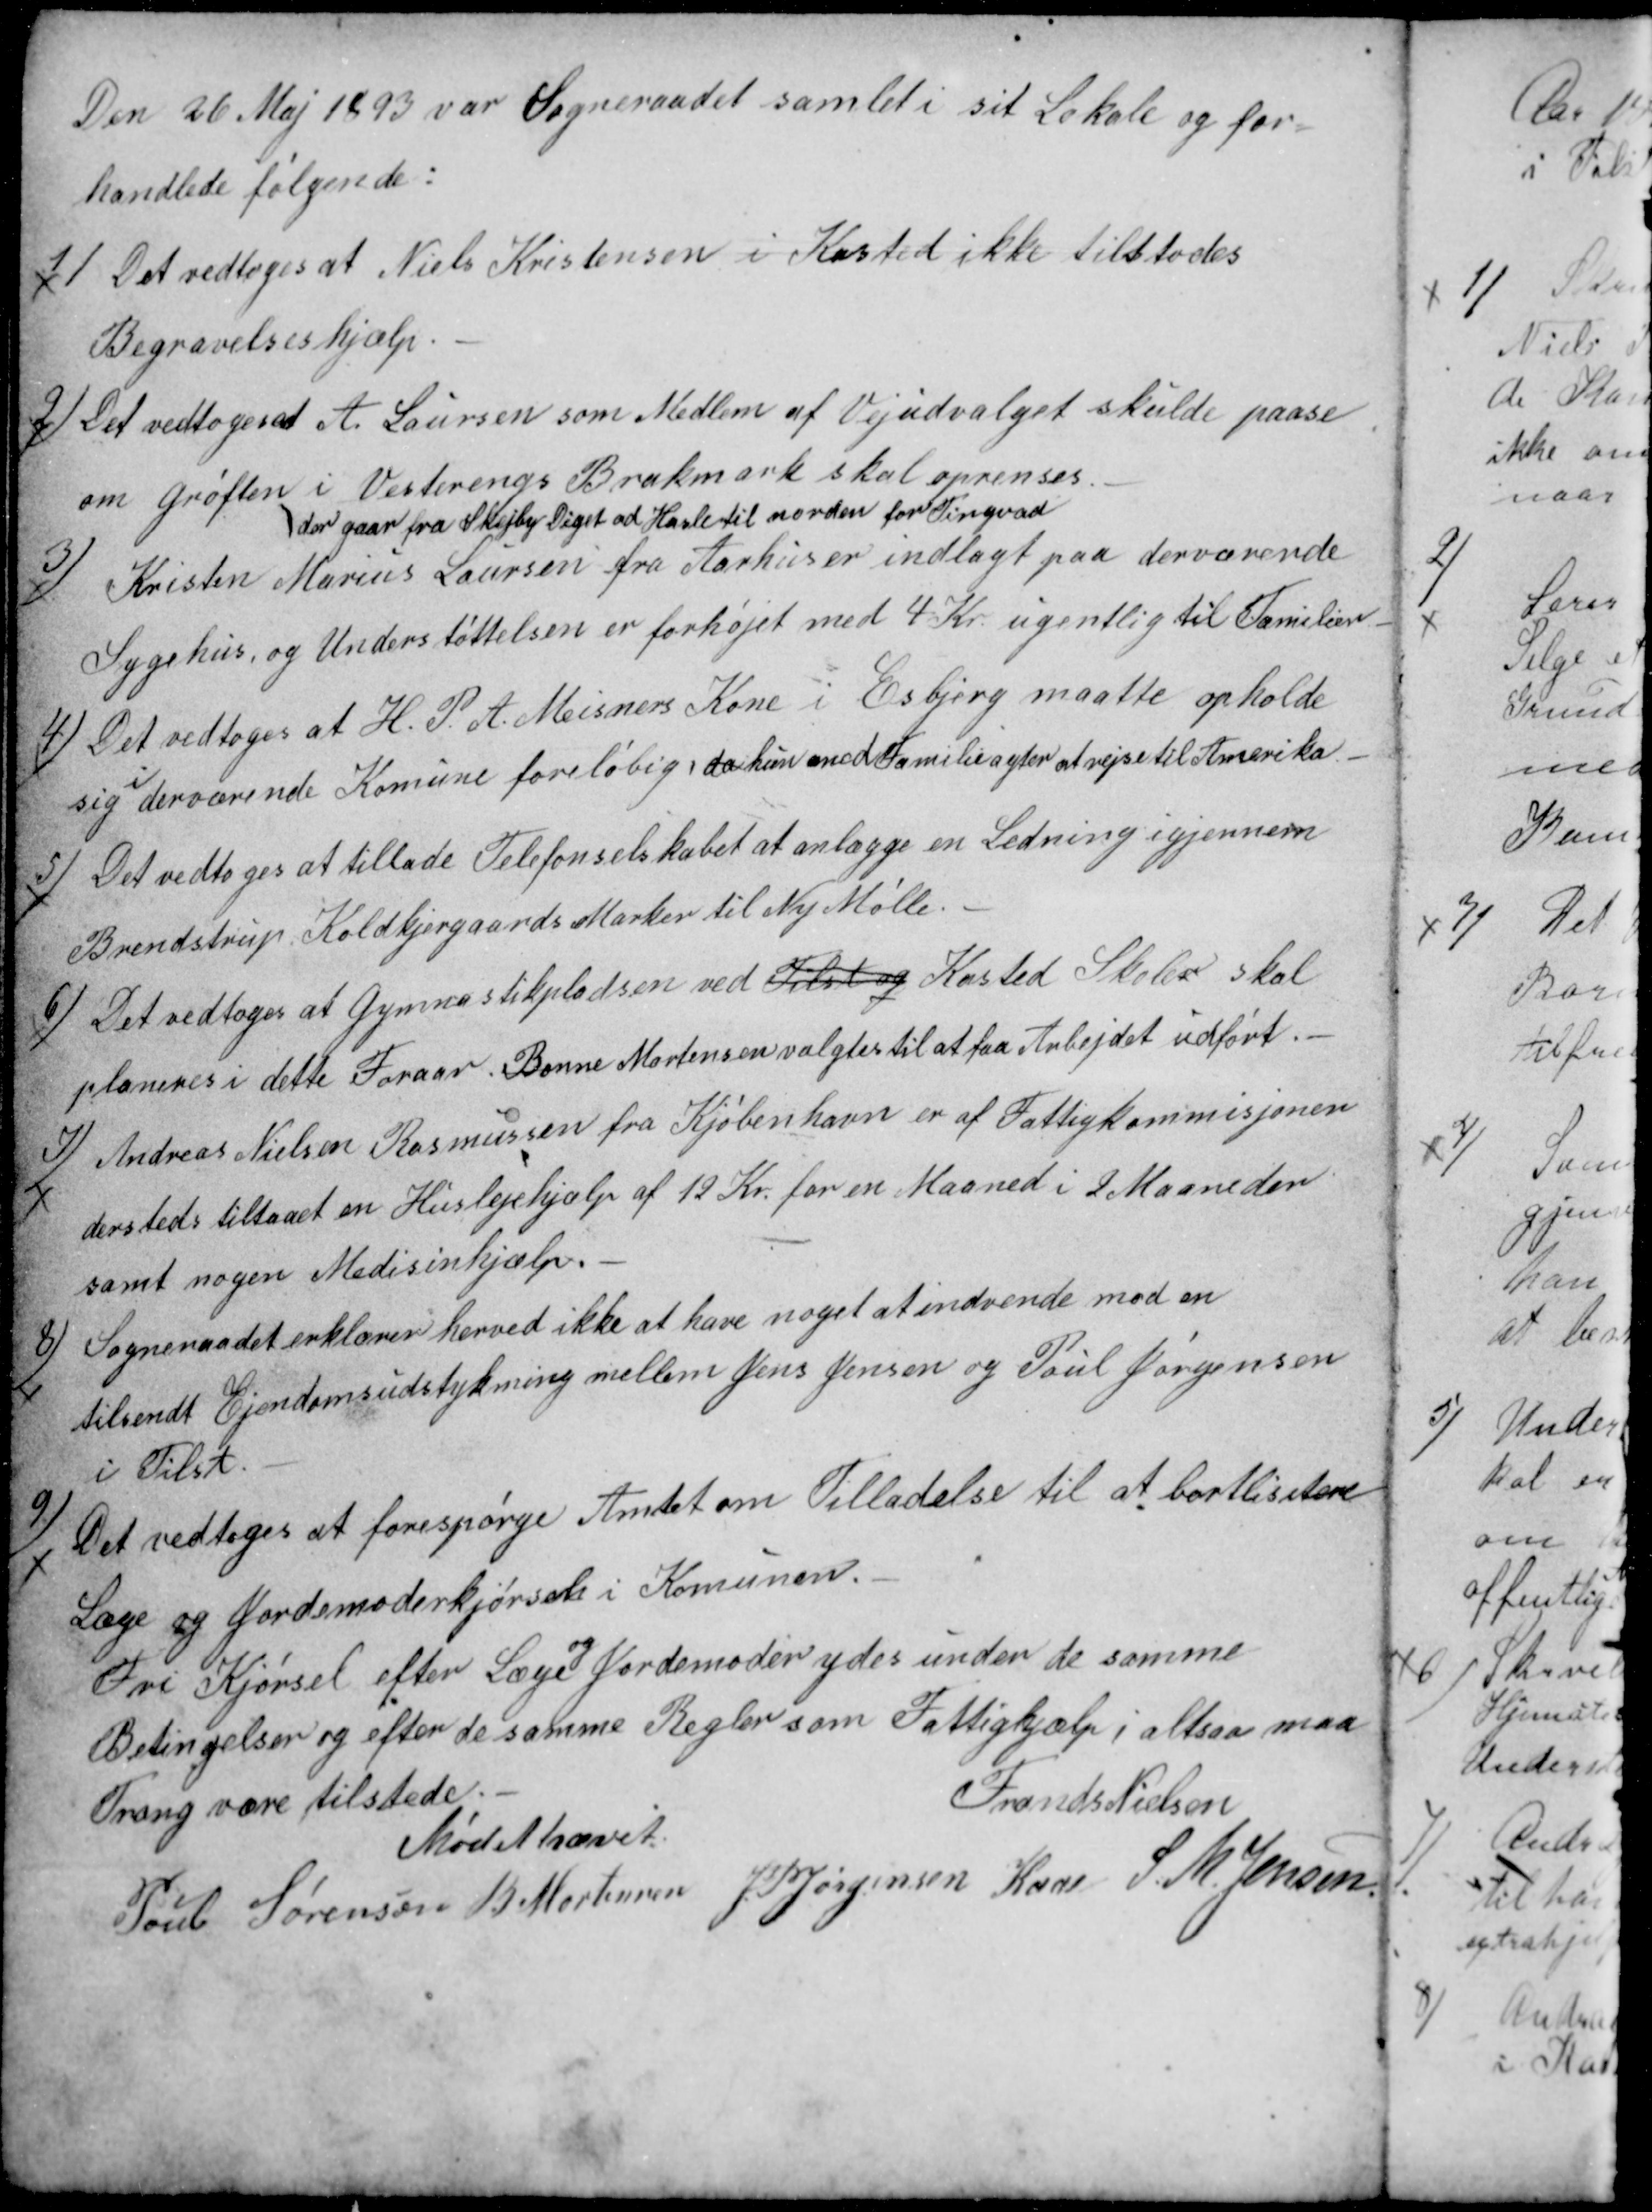
Transskription:
Den 26 Maj 1893 var Sogneraadet samlet i sit Lokale og for-
handlede følgende:
1)
Det vedtoges at Niels Kristensen i Kasted ikke tilstodes
Begravelseshjælp.
2)
Det vedtoges at A Laursen som Medlem af Vejudvalget skulde paase
om Grøften
der gaar fra Skejby Diget ad Hasle til norden for Tingvad
i Vesterengs Brakmark skal oprenses.
3)
Kristen Marius Laursen fra Aarhus er indlagt paa derværende
Sygehus, og Understøttelsen er forhøjet med 4 Kr. ugentlig til Familien-
4)
Det vedtoges at H. P. A. Meisners Kone i Esbjerg maatte opholde 
sig i derværende Komune foreløbig, da hun med Familie agter at rejse til Amerika.
5)
Det vedtoges at tillade Telefonselskabet at anlægge en Ledning igjennem
Brendstrup Koldkjergaards Marker til Ny Mølle.
6)
Det vedtoges at Gymnastikpladsen ved Tilst og Kasted Skoler skal
planeres i dette Foraar. Bonne Mortensen valgtes til at faa Arbejdet udført.
7)
Andreas Nielsen Rasmussen fra Kjøbenhavn er af Fattigkommisjonen
dersteds tilstaaet en Huslejehjælp af 12 Kr. for en Maaned i 2 Maaneder
samt nogen Medisinhjælp.
8)
Sogneraadet erklærer herved ikke at have noget at indvende mod en
tilsendt Ejendomsudstykning mellem Jens Jensen og Poul Jørgensen
i Tilst.
9)
Det vedtoges at forespørge Amtet om Tilladelse til at bortlisitere
Læge og Jordemoderkjørsel i Komunen.
Fri Kjørsel efter Læge 
og
Jordemoder ydes under de samme
Betingelser og efter de samme Regler som Fattighjælp; altsaa maa
Trang være tilstede.
Mødet hævet.
Frands Nielsen
Poul Sørensen
B. Mortensen
J PJørgensen Kaae
S. M. Jensen.